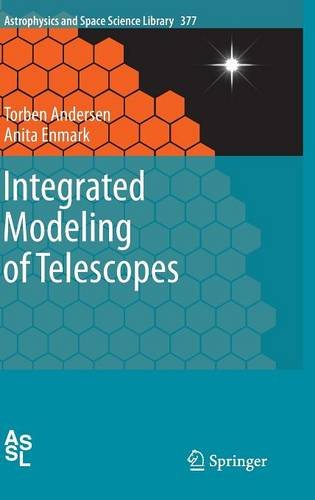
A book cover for Integrated Modeling of Telescopes (Astrophysics and Space Science Library); Torben Andersen; Science & Math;